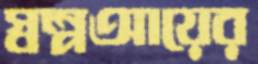
স্বল্পআয়ের